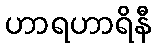
ဟာရဟာရိနီ